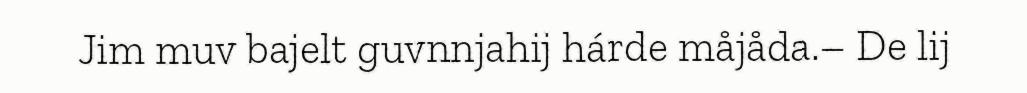
Jim muv bajelt guvnnjahij hárde måjåda.– De lij